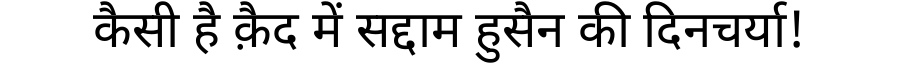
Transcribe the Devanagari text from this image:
कैसी है क़ैद में सद्दाम हुसैन की दिनचर्या!